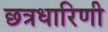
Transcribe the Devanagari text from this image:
छत्रधारिणी